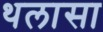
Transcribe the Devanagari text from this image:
थलासा